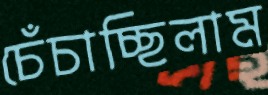
চেঁচাচ্ছিলাম